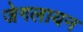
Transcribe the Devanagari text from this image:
जेगलायन